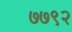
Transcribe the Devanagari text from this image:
७७९२